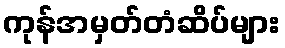
ကုန်အမှတ်တံဆိပ်များ